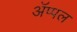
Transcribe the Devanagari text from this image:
अॅप्पल